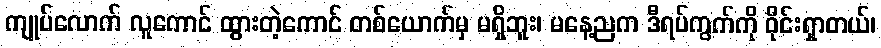
ကျုပ်လောက် လူကောင် ထွားတဲ့ကောင် တစ်ယောက်မှ မရှိဘူး၊ မနေ့ညက ဒီရပ်ကွက်ကို ဝိုင်းရှာတယ်၊